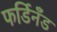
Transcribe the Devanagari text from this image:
फर्डिनँड